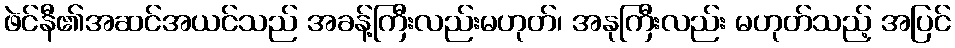
ဖဲင်နီ၏အဆင်အယင်သည် အခန့်ကြီးလည်းမဟုတ်၊ အနုကြီးလည်း မဟုတ်သည့် အပြင်